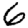
Digit: 6